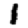
Digit: 1